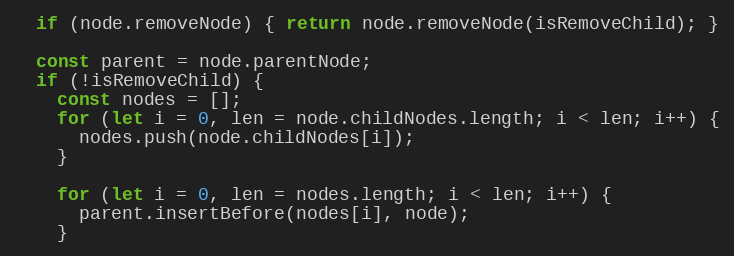
Language: JavaScript
  if (node.removeNode) { return node.removeNode(isRemoveChild); }

  const parent = node.parentNode;
  if (!isRemoveChild) {
    const nodes = [];
    for (let i = 0, len = node.childNodes.length; i < len; i++) {
      nodes.push(node.childNodes[i]);
    }

    for (let i = 0, len = nodes.length; i < len; i++) {
      parent.insertBefore(nodes[i], node);
    }